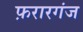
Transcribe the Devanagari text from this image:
फ़रारगंज